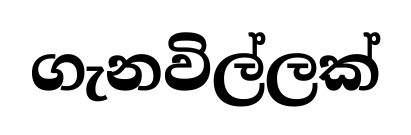
ගැනවිල්ලක්